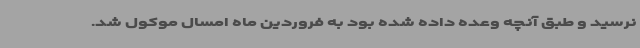
نرسید و طبق آنچه وعده داده شده بود به فروردین ماه امسال موکول شد.